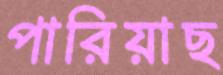
পারিয়াছ